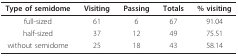
| Type of semidome | Visiting | Passing | Totals | % visiting |
 | --- | --- | --- | --- | --- |
 | full-sized | 61 | 6 | 67 | 91.04 |
 | half-sized | 37 | 12 | 49 | 75.51 |
 | without semidome | 25 | 18 | 43 | 58.14 |